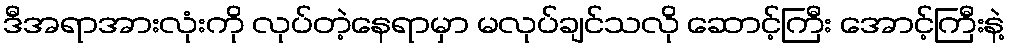
ဒီအရာအားလုံးကို လုပ်တဲ့နေရာမှာ မလုပ်ချင်သလို ဆောင့်ကြီး အောင့်ကြီးနဲ့